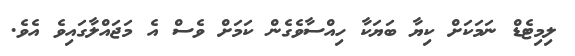
ލިމިޓެޑް ނަމަކަށް ކިޔާ ބަޔަކާ ހިއްސާވެގެންް ކަމަށް ވެސް އެ މަޖައްލާގައިވެ އެވެ.